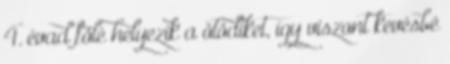
4. évad fölé helyezik a ötödiket, így viszont kevésbé